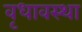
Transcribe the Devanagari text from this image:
वृधावस्था